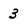
Character: 3